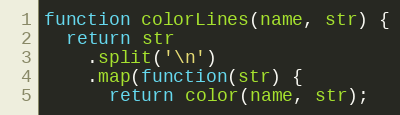
Language: JavaScript
function colorLines(name, str) {
  return str
    .split('\n')
    .map(function(str) {
      return color(name, str);